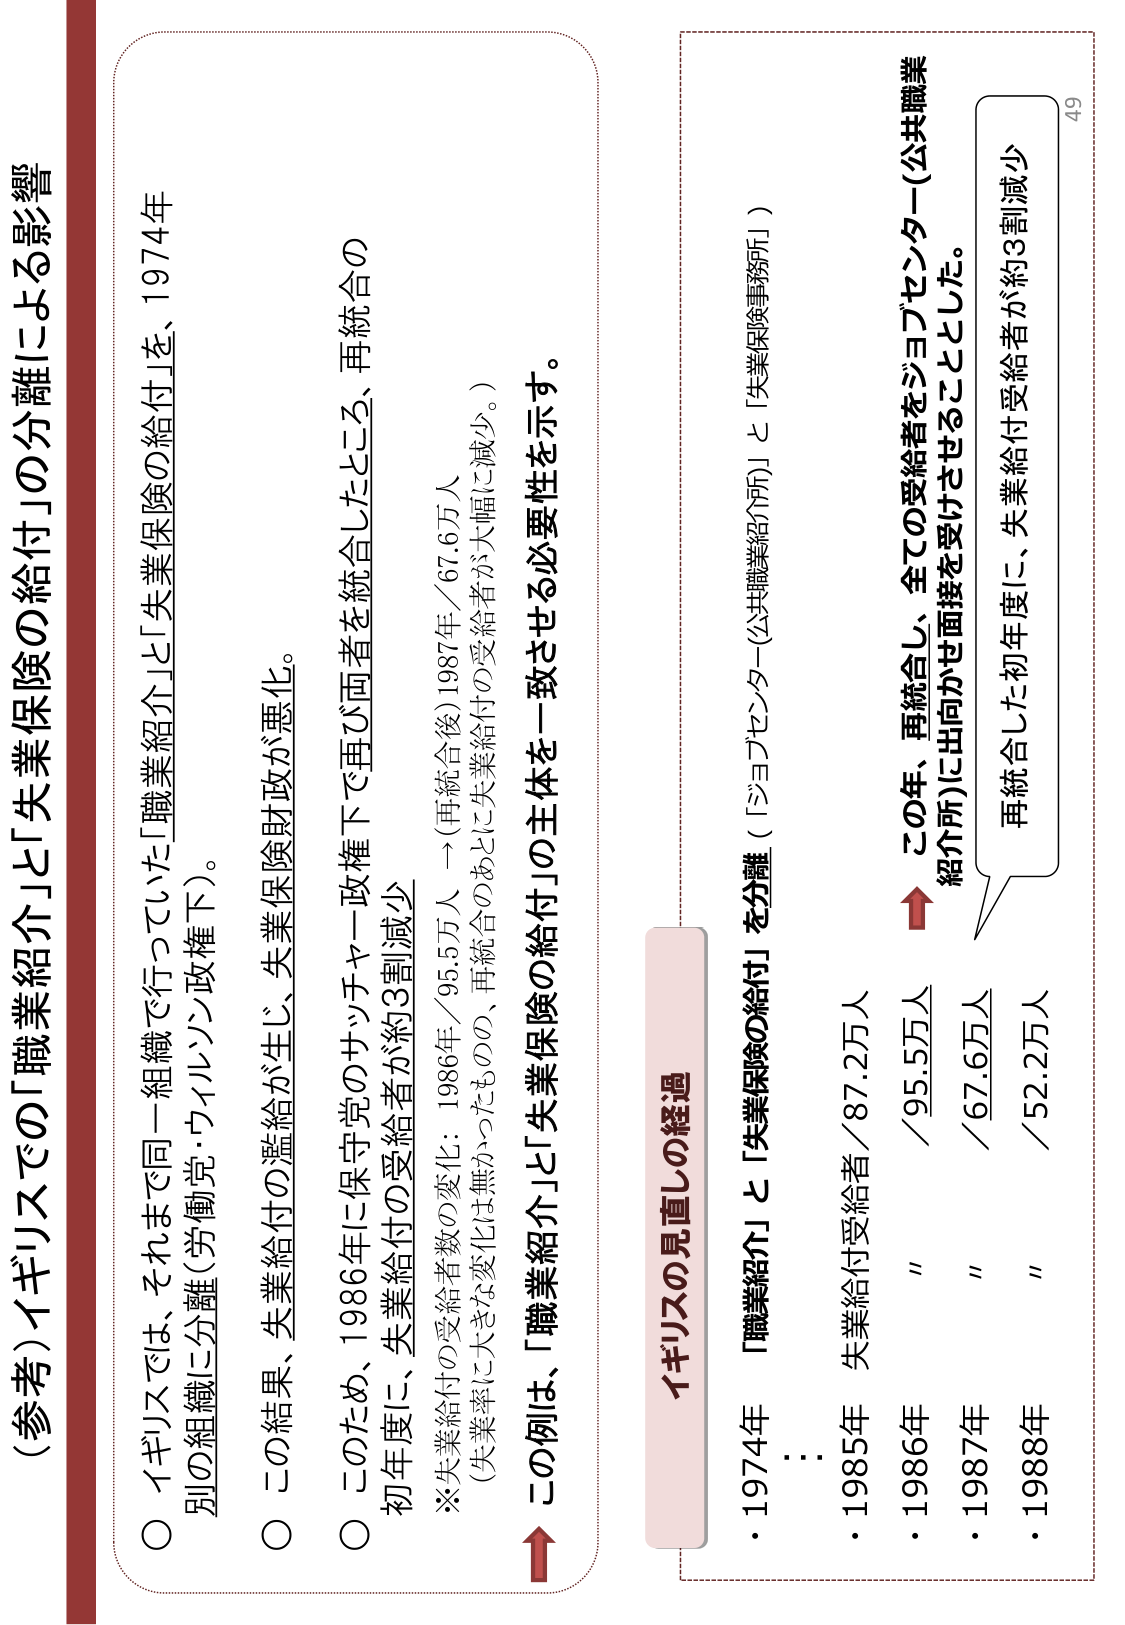
（参考）イギリスでの「職業紹介」と「失業保険の給付」の分離による影響

○ イギリスでは、それまで同一組織で行っていた「職業紹介」と「失業保険の給付」を、1974年
別の組織に分離（労働党・ウィルソン政権下）。

○ この結果、失業給付の濫給が生じ、失業保険財政が悪化。

○ このため、1986年に保守党のサッチャー政権下で再び両者を統合したところ、再統合の
初年度に、失業給付の受給者が約3割減少
※失業給付の受給者数の変化：1986年／95.5万人 →（再統合後）1987年／67.6万人
（失業率に大きな変化は無かったものの、再統合のあとに失業給付の受給者が大幅に減少。）

→ この例は、「職業紹介」と「失業保険の給付」の主体を一致させる必要性を示す。

イギリスの見直しの経過

・1974年 「職業紹介」と「失業保険の給付」を分離（「ジョブセンター（公共職業事務所）」と「失業保険事務所」）

・1985年 失業給付受給者／87.2万人
・1986年 " ／95.5万人
・1987年 " ／67.6万人
・1988年 " ／52.2万人

→ この年、再統合し、全ての受給者をジョブセンター（公共職業
紹介所）に出向かせ面接を受けることとした。

再統合した初年度に、失業給付受給者が約3割減少

49